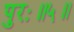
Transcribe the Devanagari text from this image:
पुरः॥५॥